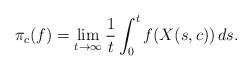
LaTeX: \begin{align*} \pi_c(f) = \lim_{t\to\infty}\frac{1}{t}\int_0^t f(X(s,c))\,ds.\end{align*}